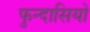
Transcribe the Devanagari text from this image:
फुन्दासियो